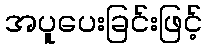
အပူပေးခြင်းဖြင့်